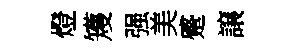
燈矱强美蹙譲